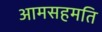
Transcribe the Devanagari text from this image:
आमसहमति